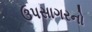
ઉપસાગરનો